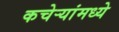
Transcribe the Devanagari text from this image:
कचेऱ्यांमध्ये